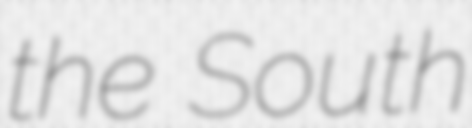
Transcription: the South